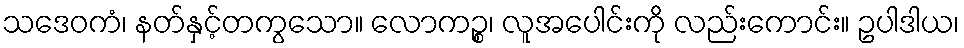
သဒေဝကံ၊ နတ်နှင့်တကွသော။ လောကဉ္စ၊ လူအပေါင်းကို လည်းကောင်း။ ဥပါဒါယ၊